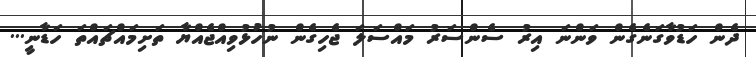
ދެން ހަޑުވާގަނެގެން ވަންނަ އިރު ސެންސަރު މައްސަލަ ޖެހިގެން ނުހުޅުވިއްޖެއްޔާ ތަށިމައްޗައްތަ ހަޑާނީ...